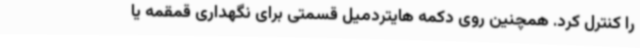
را کنترل کرد. همچنین روی دکمه هایتردمیل قسمتی برای نگهداری قمقمه یا